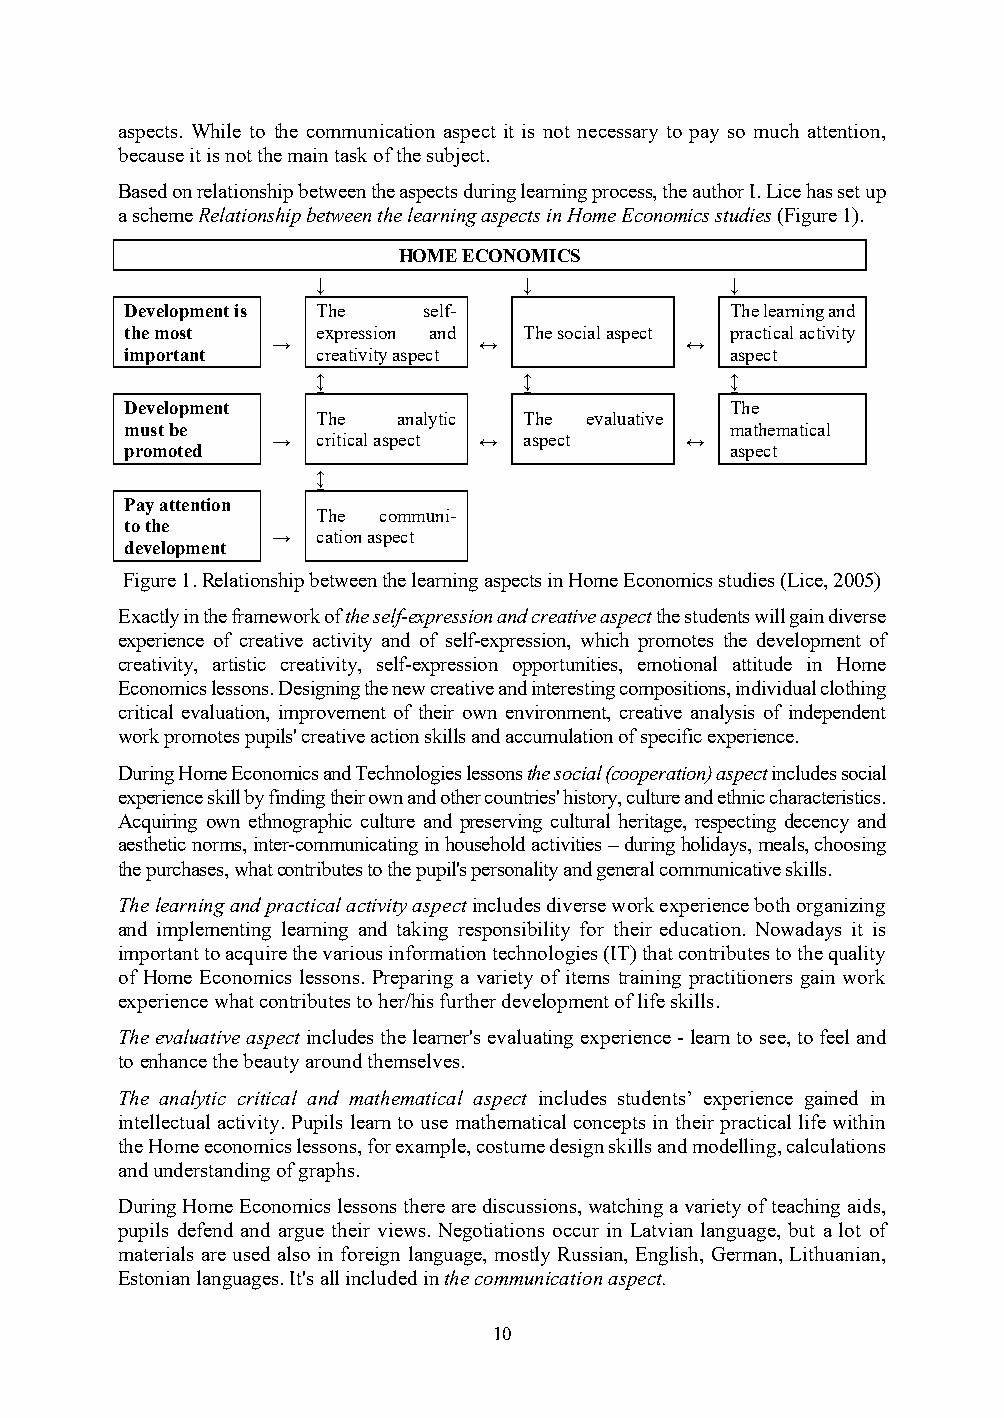
aspects. While to the communication aspect it is not necessary to pay so much attention,
 because it is not the main task of the subject.
 Based on relationship between the aspects during learning process, the author I. Lice has set up
 a scheme Relationship between the learning aspects in Home Economics studies (Figure 1).
 HOME ECONOMICS
 ↓             ↓            ↓
 Development is The  self-               The learning and
 the most     expression and The social aspect practical activity
 →             ↔            ↔
 important    creativity aspect          aspect
 ↨             ↨            ↨
 Development                             The
 The  analytic The evaluative
 must be                                 mathematical
 →  critical aspect ↔ aspect ↔
 promoted                                aspect
 ↨
 Pay attention
 The communi-
 to the
 →  cation aspect
 development
 Figure 1. Relationship between the learning aspects in Home Economics studies (Lice, 2005)
 Exactly in the framework of the self-expression and creative aspect the students will gain diverse
 experience of creative activity and of self-expression, which promotes the development of
 creativity, artistic creativity, self-expression opportunities, emotional attitude in Home
 Economics lessons. Designing the new creative and interesting compositions, individual clothing
 critical evaluation, improvement of their own environment, creative analysis of independent
 work promotes pupils' creative action skills and accumulation of specific experience.
 During Home Economics and Technologies lessons the social (cooperation) aspect includes social
 experience skill by finding their own and other countries' history, culture and ethnic characteristics.
 Acquiring own ethnographic culture and preserving cultural heritage, respecting decency and
 aesthetic norms, inter-communicating in household activities – during holidays, meals, choosing
 the purchases, what contributes to the pupil's personality and general communicative skills.
 The learning and practical activity aspect includes diverse work experience both organizing
 and implementing learning and taking responsibility for their education. Nowadays it is
 important to acquire the various information technologies (IT) that contributes to the quality
 of Home Economics lessons. Preparing a variety of items training practitioners gain work
 experience what contributes to her/his further development of life skills.
 The evaluative aspect includes the learner's evaluating experience - learn to see, to feel and
 to enhance the beauty around themselves.
 The analytic critical and mathematical aspect includes students’ experience gained in
 intellectual activity. Pupils learn to use mathematical concepts in their practical life within
 the Home economics lessons, for example, costume design skills and modelling, calculations
 and understanding of graphs.
 During Home Economics lessons there are discussions, watching a variety of teaching aids,
 pupils defend and argue their views. Negotiations occur in Latvian language, but a lot of
 materials are used also in foreign language, mostly Russian, English, German, Lithuanian,
 Estonian languages. It's all included in the communication aspect.
 10